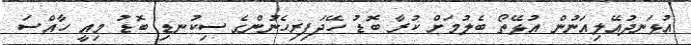
އުޅަނދުއޭލިއަނުން އުޅޭތޯ ބެލުމަށް ކުރާ ބޮޑު ހޭދަފިރިހެނުންގެ ސިކުނޑި ބޮޑު މިއީ ހާއްސަ